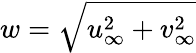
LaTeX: w=\sqrt{u_{\infty}^{2}+v_{\infty}^{2}}